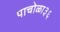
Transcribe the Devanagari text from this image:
पाचोळा३६